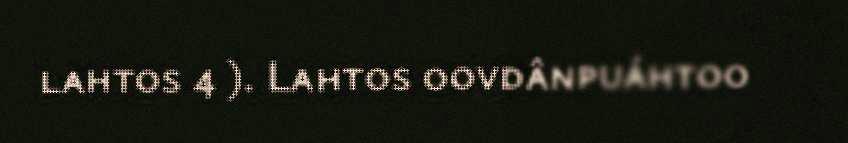
lahtos 4 ). Lahtos oovdânpuáhtoo